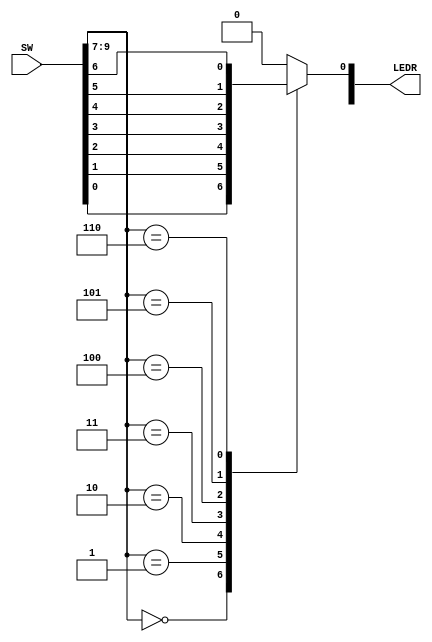
`timescale 1ns / 1ns // `timescale time_unit/time_precision

module mux7to1(LEDR, SW);
    input [9:0] SW;
    output [6:0]LEDR;

	 wire[6:0]Input;
	 wire[2:0]MuxSelect;
	 
assign Input[6:0] = SW[6:0];

assign MuxSelect[2]=SW[9];
assign MuxSelect[1]=SW[8];
assign MuxSelect[0]=SW[7];
reg Out;

always@(*)
begin
   case(MuxSelect[2:0])
	3'b000:Out=Input[0];
	3'b001:Out=Input[1];
	3'b010:Out=Input[2];
	3'b011:Out=Input[3];
	3'b100:Out=Input[4];
	3'b101:Out=Input[5];
	3'b110:Out=Input[6];
	default: Out=4'b000;
	
	endcase	
	end	
	
	assign LEDR[0]=Out;
	
endmodule